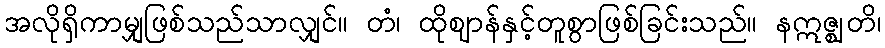
အလိုရှိကာမျှဖြစ်သည်သာလျှင်။ တံ၊ ထိုဈာန်နှင့်တူစွာဖြစ်ခြင်းသည်။ နဣဇ္ဈတိ၊